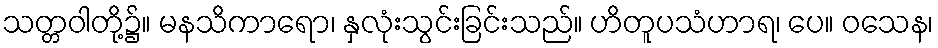
သတ္တဝါတို့၌။ မနသိကာရော၊ နှလုံးသွင်းခြင်းသည်။ ဟိတူပသံဟာရ၊ ပေ။ ဝသေန၊